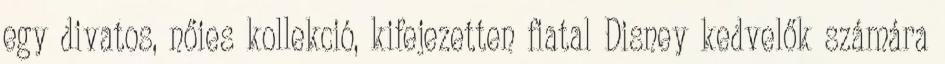
egy divatos, nőies kollekció, kifejezetten fiatal Disney kedvelők számára